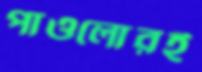
পাওলোরই